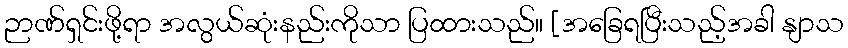
ဉာဏ်ရှင်းဖို့ရာ အလွယ်ဆုံးနည်းကိုသာ ပြထားသည်။ [အခြေရပြီးသည့်အခါ နျာသ